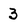
Character: 3